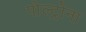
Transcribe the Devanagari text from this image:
पोल्ट्रोना